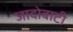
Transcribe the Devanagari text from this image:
जादोबाटी